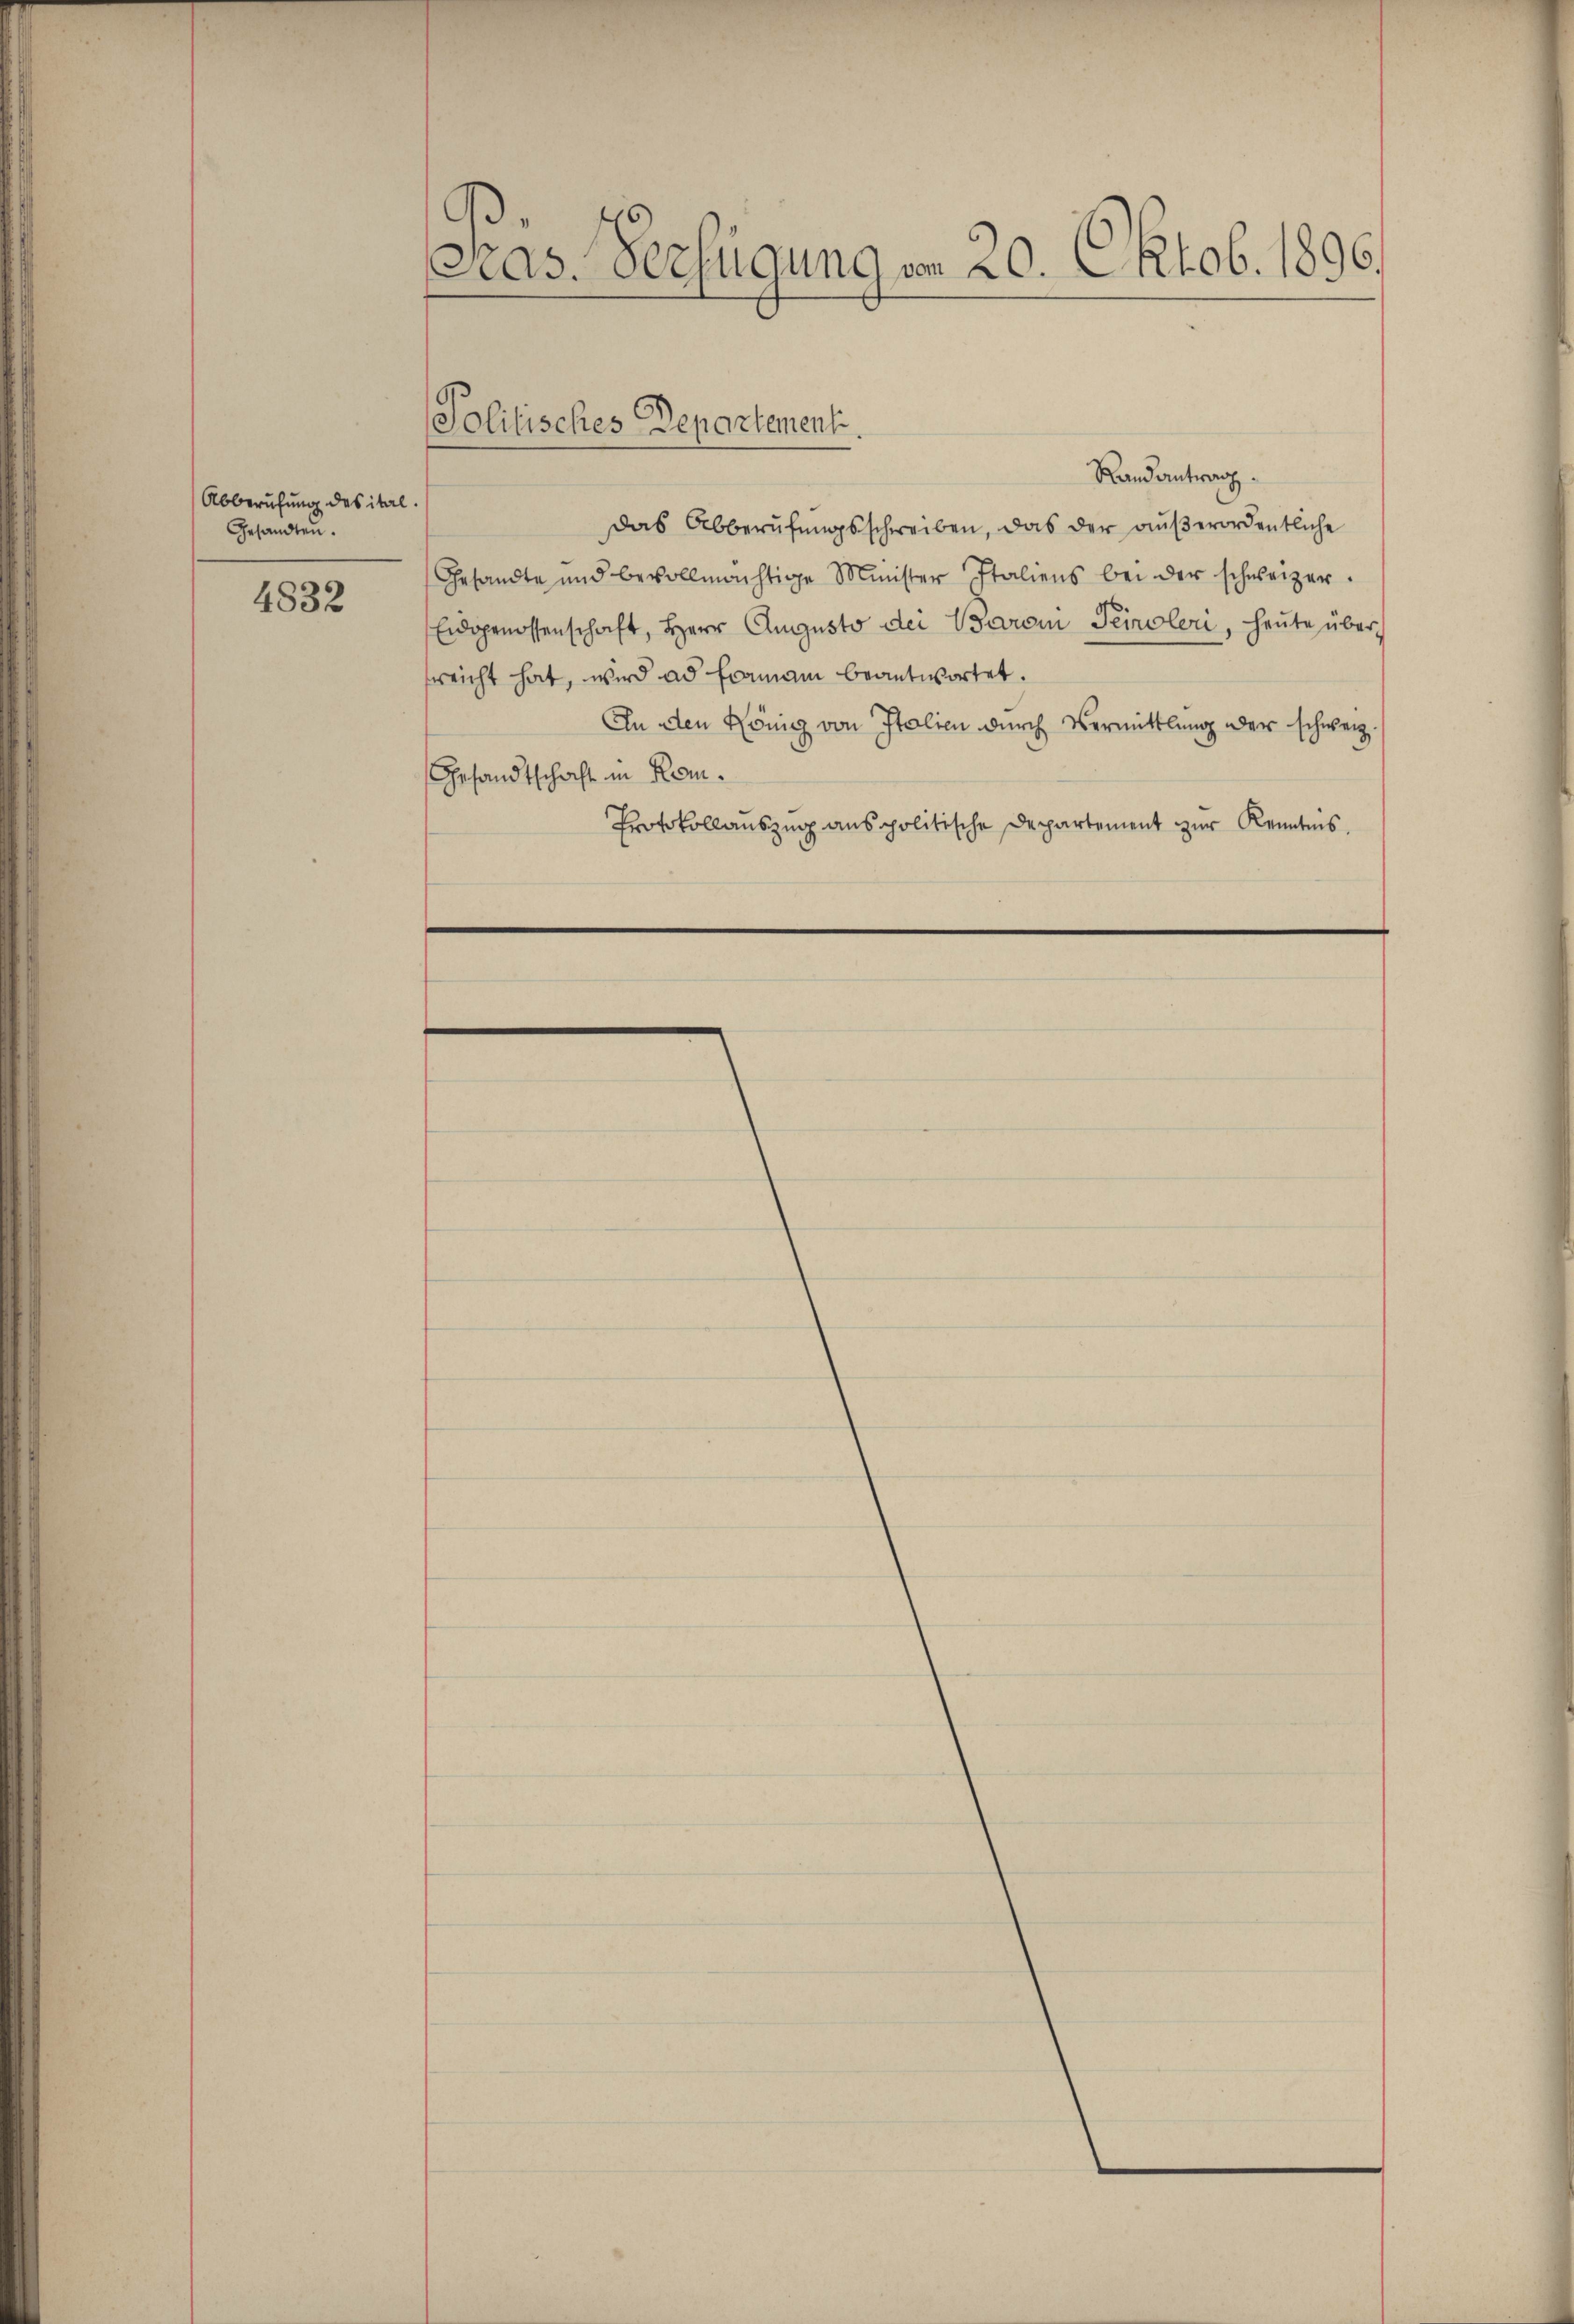
Abberufung des ital.
Gesandten.

4832

Pras. Verfügung vom 20. Oktob. 1896.

Politisches Departement.

Randantrag
Das Abberufungsschreiben, das der aŭβerordentliche
Gesandte und bevollmächtige Minister Italiens bei der schweizer.
Eidgenossenschaft, Herr Augusto dei Baron Teiler, heute über
rreicht hat, wird ad formann beantwortet.
An den König von Italien durch Vermittlung der schweiz.
Gesandtschaft in Kom¬
Protokollauszug aus politische Departement zur Kenntnis.